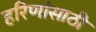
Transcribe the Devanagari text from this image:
हरिणांसाठी